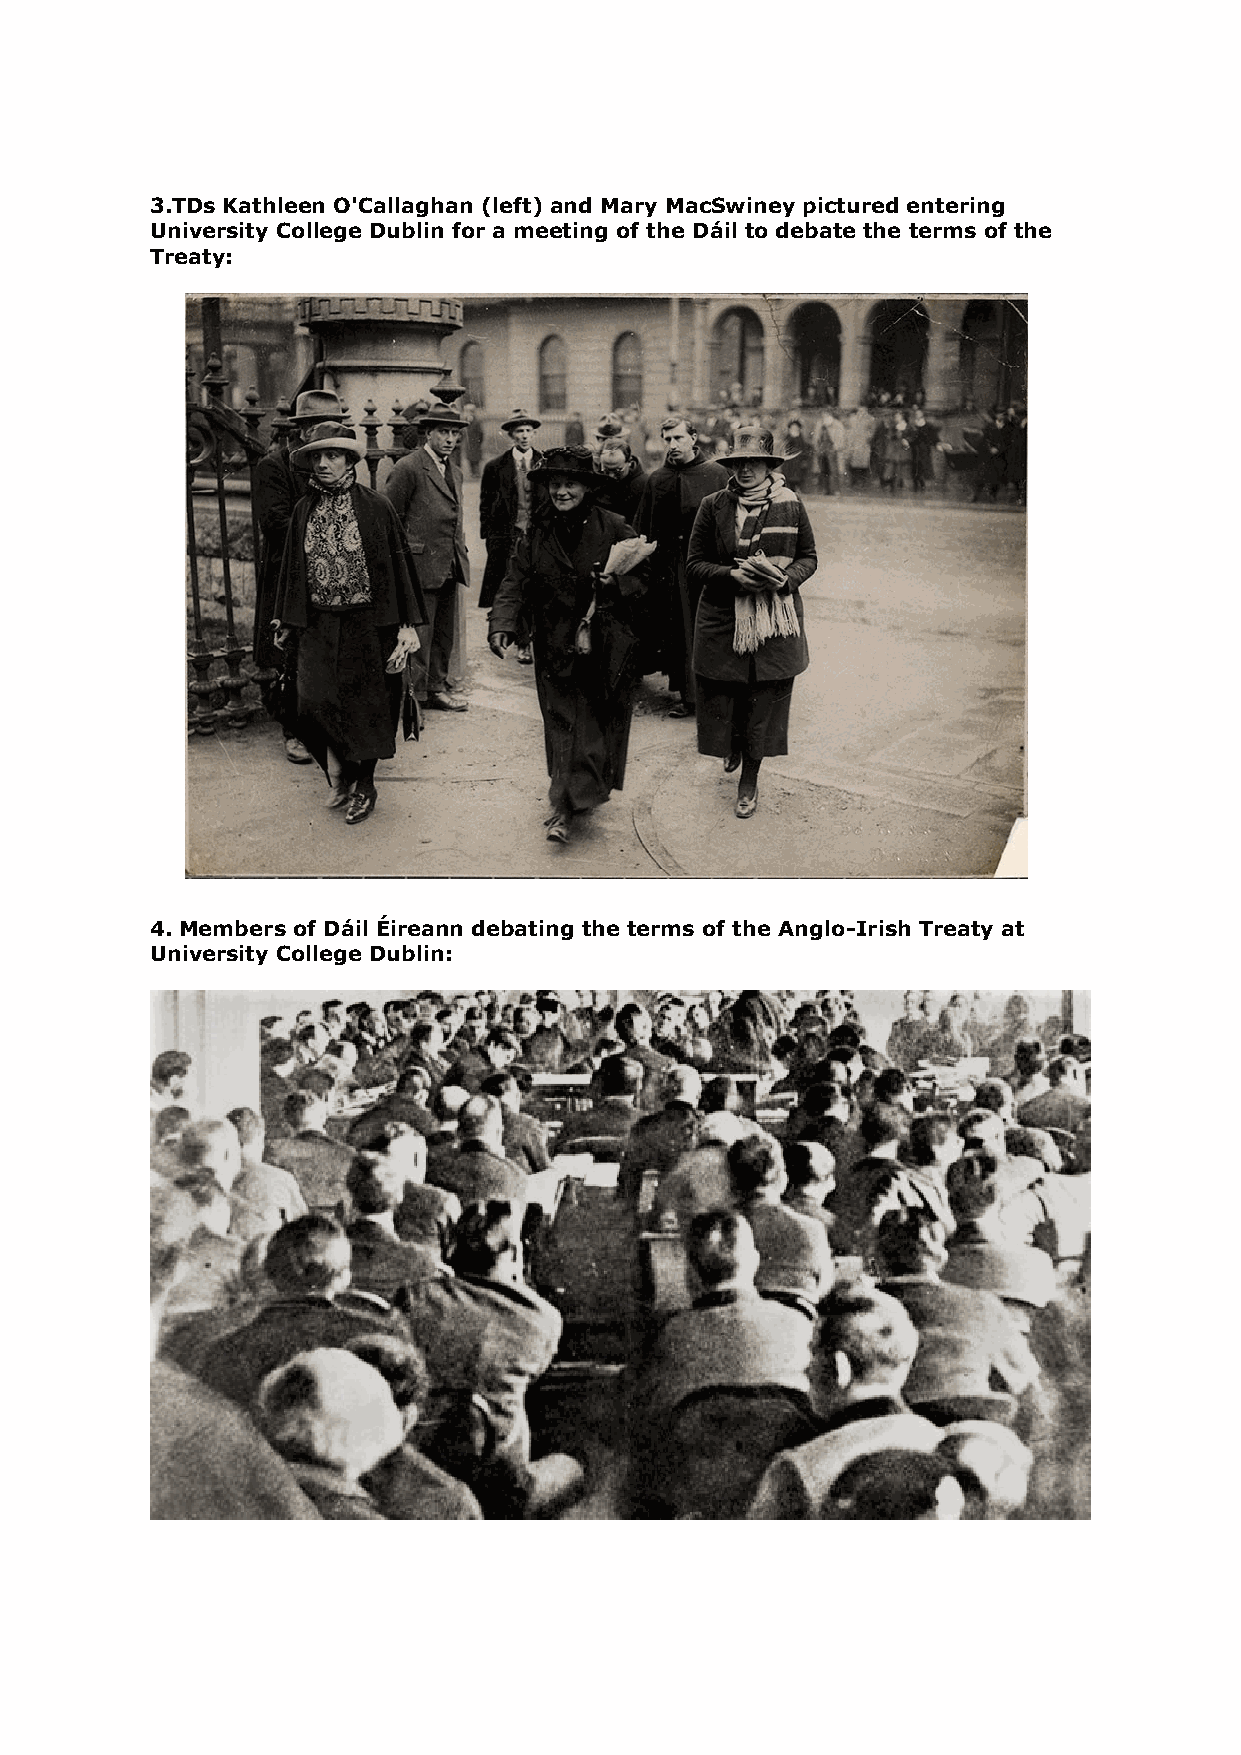
3.TDs Kathleen O'Callaghan (left) and Mary MacSwiney pictured entering
 University College Dublin for a meeting of the Dáil to debate the terms of the
 Treaty:
 4. Members of Dáil Éireann debating the terms of the Anglo-Irish Treaty at
 University College Dublin: